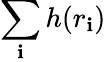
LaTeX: \sum_{\mathbf{i}}h(r_{\mathbf{i}})